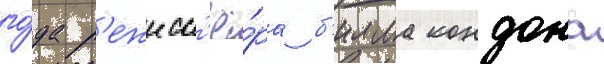
го́да р'ежисс'ё́ра б'илла кондона